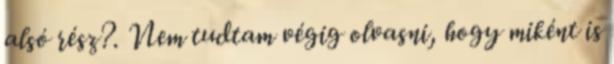
alsó rész?. Nem tudtam végig olvasni, hogy miként is